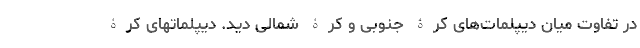
در تفاوت میان دیپلمات­های کرۀ جنوبی و کرۀ شمالی دید. دیپلماتهای کرۀ